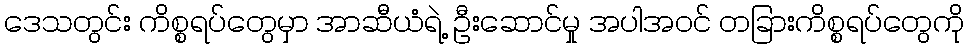
ဒေသတွင်း ကိစ္စရပ်တွေမှာ အာဆီယံရဲ့ ဦးဆောင်မှု အပါအဝင် တခြားကိစ္စရပ်တွေကို